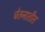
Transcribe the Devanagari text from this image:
चेतनातीत